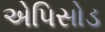
એપિસોડ